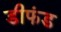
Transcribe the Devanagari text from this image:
डीफंड